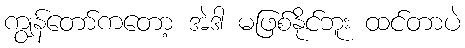
ကျွန်တော်ကတော့ အဲဒါ မဖြစ်နိုင်ဘူး ထင်တာပဲ